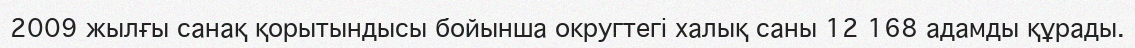
2009 жылғы санақ қорытындысы бойынша округтегі халық саны 12 168 адамды құрады.